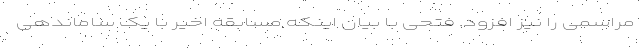
مراسمی را نیز افزود. فتحی با بیان اینکه مسابقه اخیر با یک ساماندهی